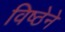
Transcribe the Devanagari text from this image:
विष्ठेने